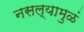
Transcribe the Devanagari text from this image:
नसल्यामुळं